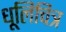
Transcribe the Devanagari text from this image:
धूलिचित्र